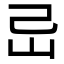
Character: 㞯